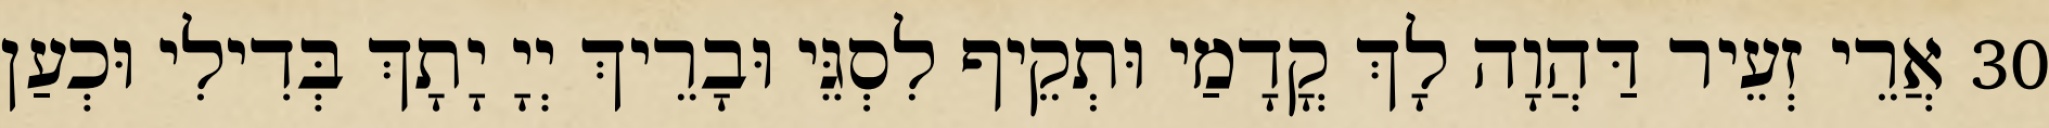
30 אֲרֵי זְעֵיר דַּהֲוָה לָךְ קֳדָמַי וּתְקֵיף לִסְגֵּי וּבָרֵיךְ יְיָ יָתָךְ בְּדִילִי וּכְעַן